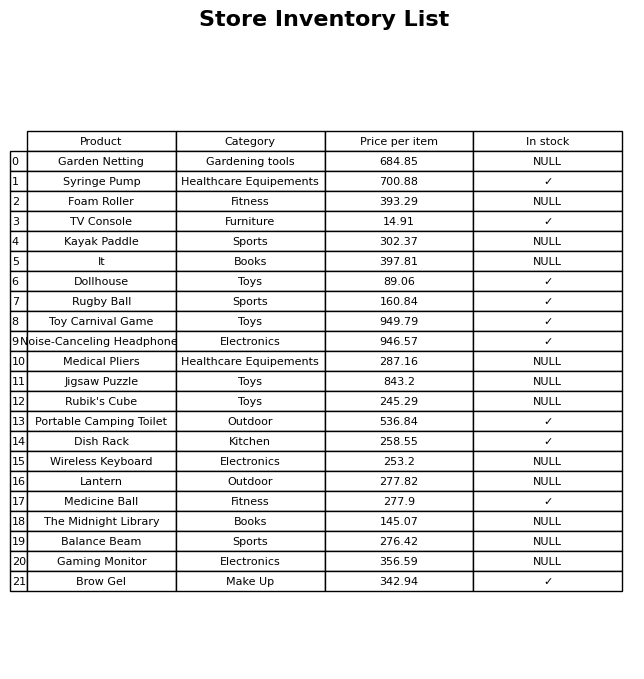
question: What is the price for Lantern?
answer: The price of Lantern is 277.82.